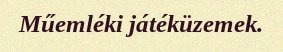
Műemléki játéküzemek.